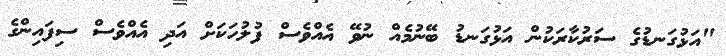
"އަޅުގަނޑުގެ ސަރުކާރަކުން އަޅުގަނޑު ބޭނުމެއް ނުވޭ އެއްވެސް ފުލުހަކަށް އަދި އެއްވެސް ސިފައިންގެ